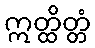
ဣတ္ထိတ္တံ